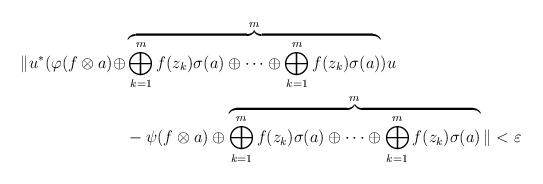
LaTeX: \begin{align*}\| u^{*}(\varphi(f\otimes a) \oplus & \overbrace{\bigoplus_{k=1}^m f(z_k)\sigma (a) \oplus \cdots \oplus \bigoplus_{k=1}^m f(z_k)\sigma (a)}^m) u \\& - \psi(f\otimes a)\oplus \overbrace{\bigoplus_{k=1}^m f(z_k)\sigma (a) \oplus \cdots \oplus\bigoplus_{k=1}^m f(z_k)\sigma (a) }^m\| < \varepsilon \end{align*}